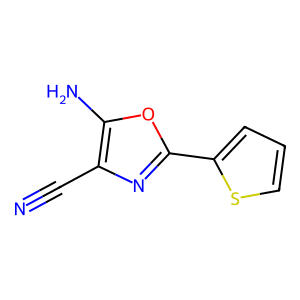
SMILES: N#Cc1nc(-c2cccs2)oc1N
Inhibits HIV replication: No